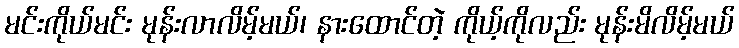
မင်းကိုယ်မင်း မုန်းလာလိမ့်မယ်၊ နားထောင်တဲ့ ကိုယ့်ကိုလည်း မုန်းမိလိမ့်မယ်